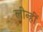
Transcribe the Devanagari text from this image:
लीन्‍हीं